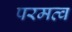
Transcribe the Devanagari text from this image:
परमत्व